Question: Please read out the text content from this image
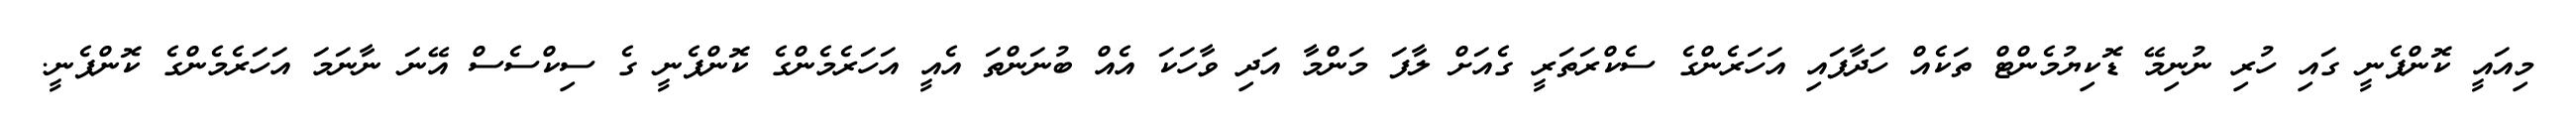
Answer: މިއައީ ކޮންޕެނީ ގައި ހުރި ނުނިމޭ ޑޮކިޔުމެންޓް ތަކެއް ހަދާފައި އަހަރެންގެ ސެކްރަތަރީ ގެއަށް ލާފަ މަންމާ އަދި ވާހަކަ އެއް ބުނަންތަ އެއީ އަހަރެމެންގެ ކޮންޕެނީ ގެ ސިކްސެސް އޭނަ ނާނަމަ އަހަރެމެންގެ ކޮންޕެނީ.